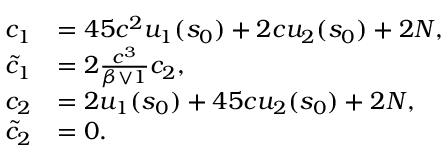
\begin{array} { r l } { c _ { 1 } } & { = 4 5 c ^ { 2 } u _ { 1 } ( s _ { 0 } ) + 2 c u _ { 2 } ( s _ { 0 } ) + 2 N , } \\ { \tilde { c } _ { 1 } } & { = 2 \frac { c ^ { 3 } } { \beta \vee 1 } c _ { 2 } , } \\ { c _ { 2 } } & { = 2 u _ { 1 } ( s _ { 0 } ) + 4 5 c u _ { 2 } ( s _ { 0 } ) + 2 N , } \\ { \tilde { c } _ { 2 } } & { = 0 . } \end{array}